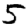
Digit: 5